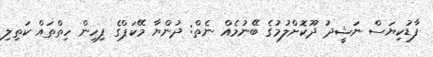
ފާޑުކިޔަސް ނަޝީދު ދޫކޮށްލުމުގެ ބޭނުމެއް ނެތް: ދުންޔާ މޭކަޕްގެ ފިހިން ހިތްތައް ކަތިލި